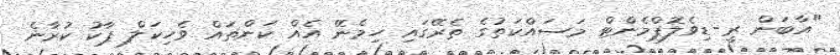
"އާބަން ރީ-ޑިވެލޮޕްމެންޓް މަސައްކަތުގެ ތެރޭގައި ހިމެނޭ އެއް ކަންތައް ވެހިކަލް ޕާކު ކުރާނެ